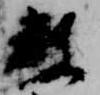
教